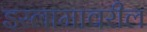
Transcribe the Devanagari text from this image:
इस्लामावरील